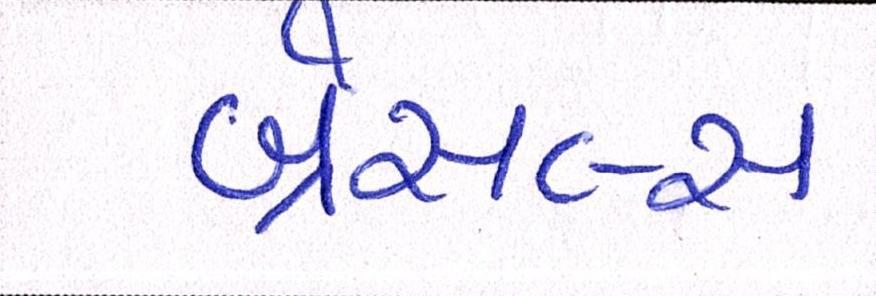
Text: બ્રસેલ્સ